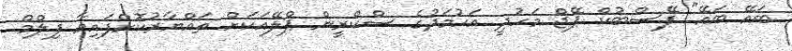
ބައޭ ބައޭ" ފޭސްބުކް ޕޭޖް މަހުދީ އަހުމަދުގެ ސްކްރީން ޕްލޭއަކަށް ތައްޔާރުކޮށްފައިވާ ފިލްމް